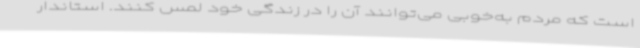
است که مردم به‌خوبی می‌توانند آن را در زندگی خود لمس کنند. استاندار